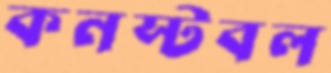
কনস্টবল